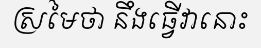
ស្រមៃថា នឹងធ្វើវានោះ